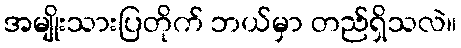
အမျိုးသားပြတိုက် ဘယ်မှာ တည်ရှိသလဲ။